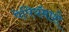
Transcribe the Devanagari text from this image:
पेपियॅमाशे